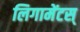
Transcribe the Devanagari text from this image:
लिगामेंटस्